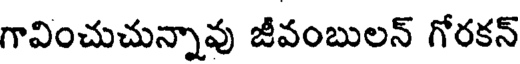
గావించుచున్నావు జీవంబులన్ గోరకన్